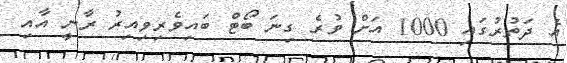
އެ ދަތުރުގައި 1000 އަށް ވުރެ ގިނަ ބޯޓް ބައިވެރިވިއިރު ރާނީ އާއި